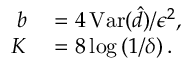
\begin{array} { r l } { b } & { { } = 4 \, \mathrm { V a r } ( \hat { d } ) / \epsilon ^ { 2 } , } \\ { K } & { { } = 8 \log \left( 1 / \delta \right) . } \end{array}